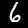
Digit: 6